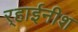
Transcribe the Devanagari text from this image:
र्‍हाईनीश